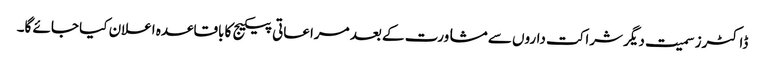
ڈاکٹرز سمیت دیگر شراکت داروں سے مشاورت کے بعد مراعاتی پیکیج کا باقاعدہ اعلان کیا جائے گا۔